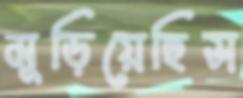
মুড়িয়েছিস